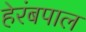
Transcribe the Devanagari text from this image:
हेरंबपाल